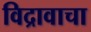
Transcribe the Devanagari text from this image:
विद्रावाचा